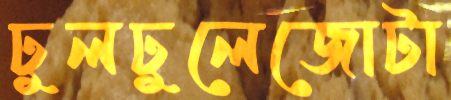
ঢুলঢুলেজোটা